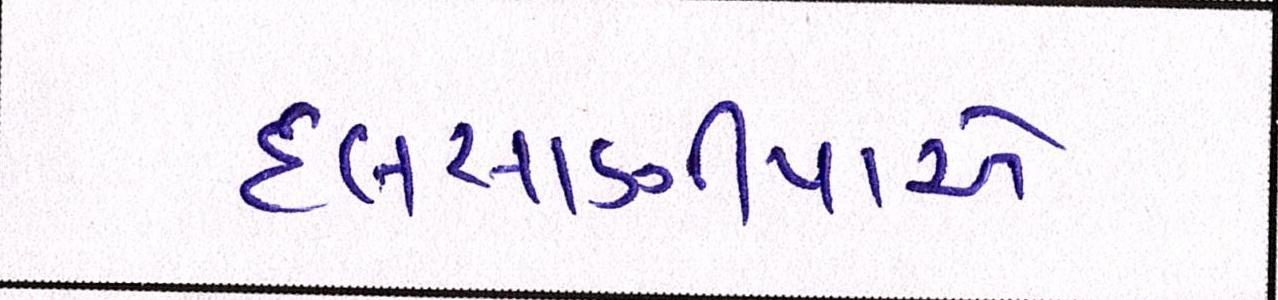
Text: દલસાણીયાએ